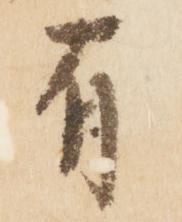
有